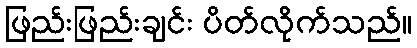
ဖြည်းဖြည်းချင်း ပိတ်လိုက်သည်။